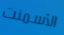
الأسمنت